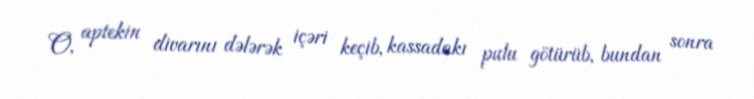
O, aptekin divarını dələrək içəri keçib, kassadakı pulu götürüb, bundan sonra